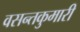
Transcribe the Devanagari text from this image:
वसन्तकुमारी